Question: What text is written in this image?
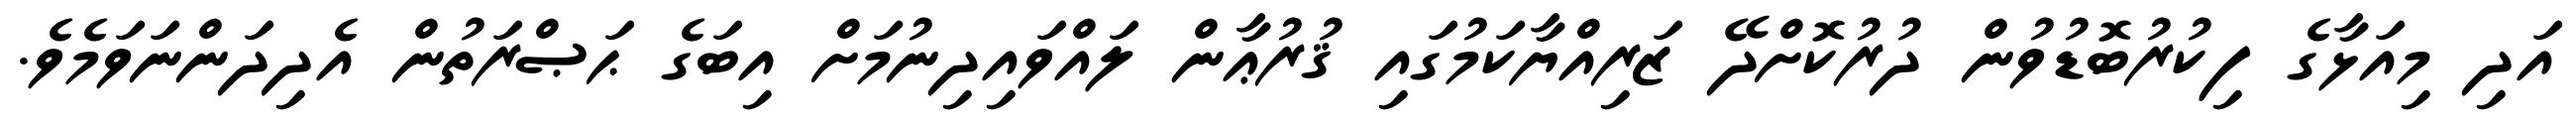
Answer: އަދި މިއަޅާގެ ފިކުރުބޮޑުވުން ދުރުކޮށްދޭ ޒަރިއްޔާކަމުގައި ޤުރުޢާން ލައްވައިދިނުމަށް އިބަގެ ޙަޞްރަތުން އެދިދަންނަވަމެވެ.